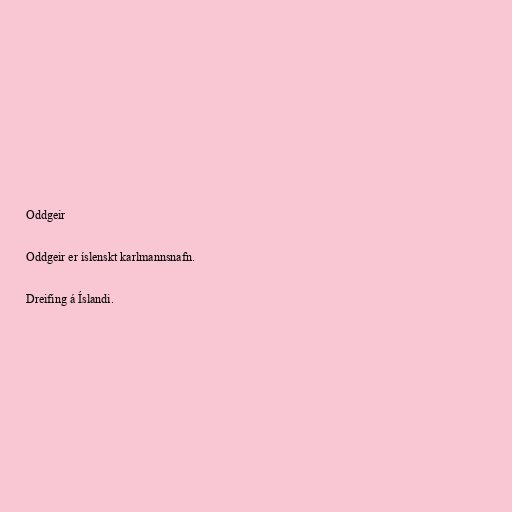
Oddgeir

Oddgeir er íslenskt karlmannsnafn.

Dreifing á Íslandi.